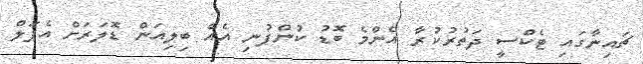
ޗައިނާގައި ޓެކްސީ ދަތުރުކުރާ އެންމެ ބޮޑު ކުންފުނި އެއް ބިލިއަން ޑޮލަރަށް އެޕަލް